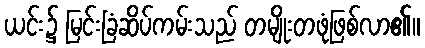
ယင်း၌ မြင်းခြံဆိပ်ကမ်းသည် တမျိုးတဖုံဖြစ်လာ၏။